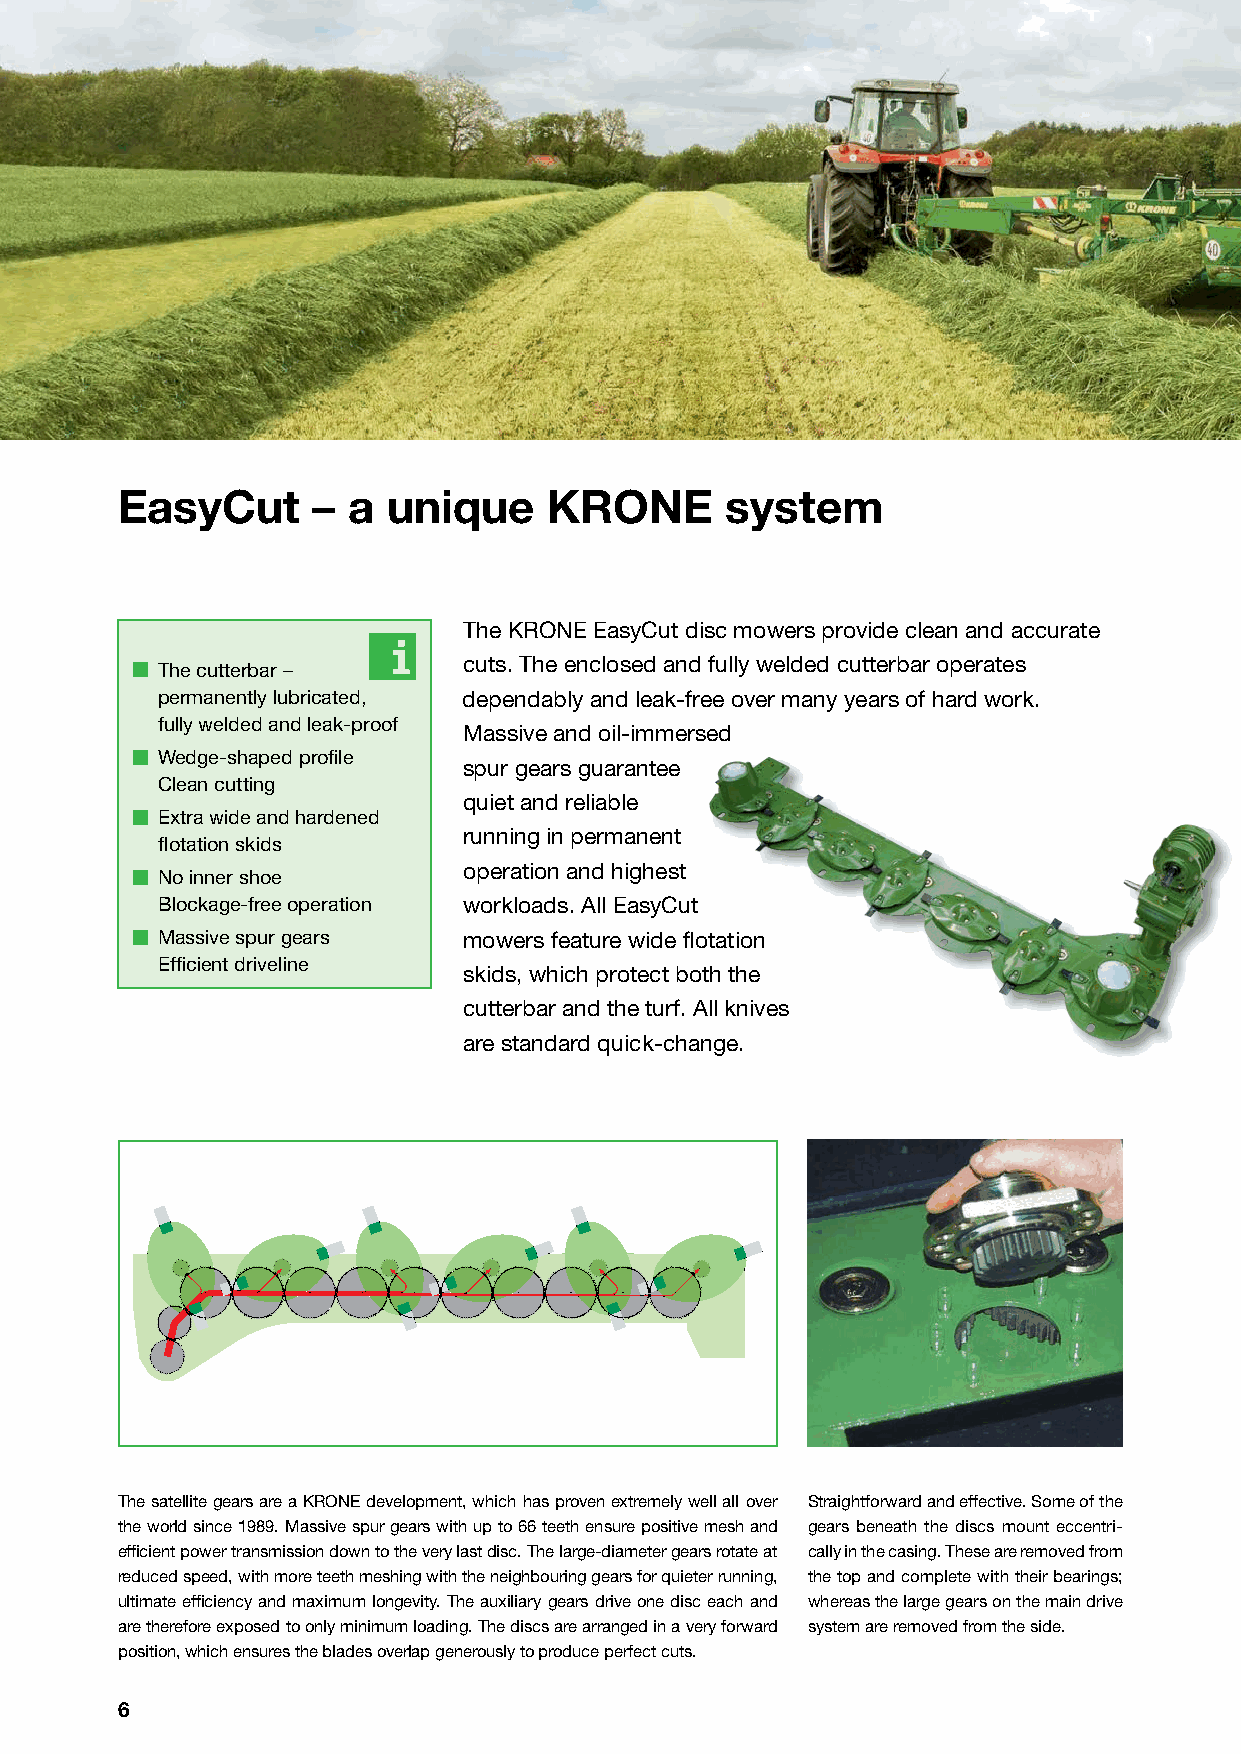
EasyCut      – a  unique    KRONE       system
 The KRONE EasyCut disc mowers provide clean and accurate
 cuts. The enclosed and fully welded cutterbar operates
 The cutterbar –
 permanently lubricated, dependably and leak-free over many years of hard work.
 fully welded and leak-proof
 Massive and oil-immersed
 Wedge-shaped profi le
 spur gears guarantee
 Clean cutting
 quiet and reliable
 Extra wide and hardened
 running in permanent
 fl otation skids
 operation and highest
 No inner shoe
 Blockage-free operation workloads. All EasyCut
 Massive spur gears  mowers feature wide fl otation
 Effi cient driveline
 skids, which protect both the
 cutterbar and the turf. All knives
 are standard quick-change.
 The satellite gears are a KRONE development, which has proven extremely well all over Straightforward and effective. Some of the
 the world since 1989. Massive spur gears with up to 66 teeth ensure positive mesh and gears beneath the discs mount eccentri-
 effi cient power transmission down to the very last disc. The large-diameter gears rotate at cally in the casing. These are removed from
 reduced speed, with more teeth meshing with the neighbouring gears for quieter running, the top and complete with their bearings;
 ultimate effi ciency and maximum longevity. The auxiliary gears drive one disc each and whereas the large gears on the main drive
 are therefore exposed to only minimum loading. The discs are arranged in a very forward system are removed from the side.
 position, which ensures the blades overlap generously to produce perfect cuts.
 6